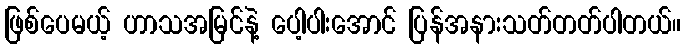
ဖြစ်ပေမယ့် ဟာသအမြင်နဲ့ ပေါ့ပါးအောင် ပြန်အနားသတ်တတ်ပါတယ်။